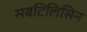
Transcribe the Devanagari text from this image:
सबटिलिसिन